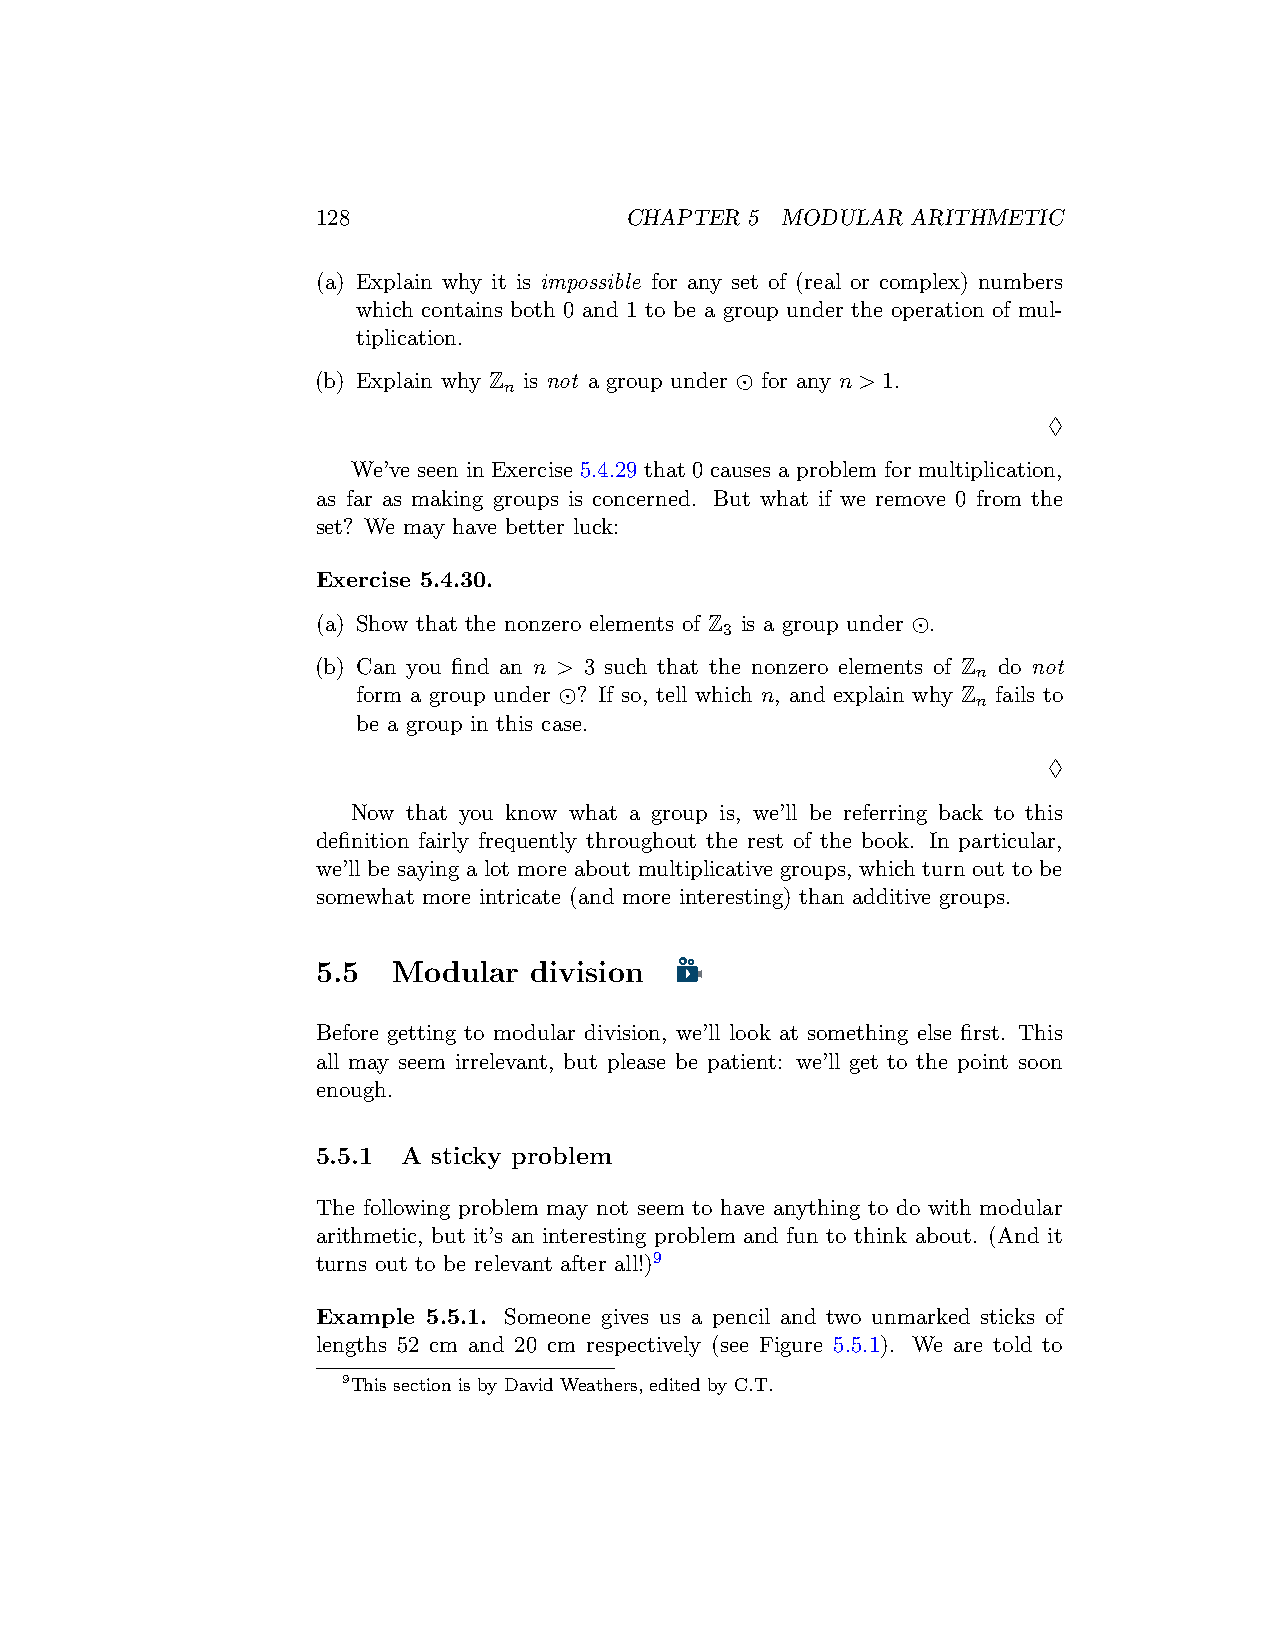
128                 CHAPTER  5 MODULAR ARITHMETIC
 (a) Explain why it is impossible for any set of (real or complex) numbers
 which contains both 0 and 1 to be a group under the operation of mul-
 tiplication.
 (b) Explain why Z is not a group under ⊙ for any n > 1.
 n
 ♢
 We’ve seen in Exercise 5.4.29 that 0 causes a problem for multiplication,
 as far as making groups is concerned. But what if we remove 0 from the
 set? We may have better luck:
 Exercise 5.4.30.
 (a) Show that the nonzero elements of Z is a group under ⊙.
 3
 (b) Can you find an n > 3 such that the nonzero elements of Z do not
 n
 form a group under ⊙? If so, tell which n, and explain why Z fails to
 n
 be a group in this case.
 ♢
 Now that you know what a group is, we’ll be referring back to this
 definition fairly frequently throughout the rest of the book. In particular,
 we’ll be saying a lot more about multiplicative groups, which turn out to be
 somewhat more intricate (and more interesting) than additive groups.
 5.5  Modular  division
 Before getting to modular division, we’ll look at something else first. This
 all may seem irrelevant, but please be patient: we’ll get to the point soon
 enough.
 5.5.1 A sticky problem
 The following problem may not seem to have anything to do with modular
 arithmetic, but it’s an interesting problem and fun to think about. (And it
 turns out to be relevant after all!)9
 Example 5.5.1. Someone gives us a pencil and two unmarked sticks of
 lengths 52 cm and 20 cm respectively (see Figure 5.5.1). We are told to
 9This section is by David Weathers, edited by C.T.